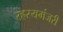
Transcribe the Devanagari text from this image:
रहस्यमंजरी